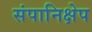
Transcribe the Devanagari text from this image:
संपानिक्षेप